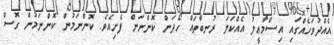
އެއްދުވަހެއްގައި އިސްމާޢީލު އެއްކަލަ ރުނބާތައް ހޯދަން ކޮންނަން ފެށިއެވެ. ކޮންނަމުން ކޮންނަމުން ގޮސް